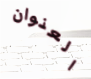
العنوان